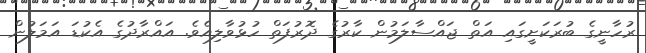
ރުހާނީގެ ބުރަކަށީގައި އަތް ޖައްސާލަމުން ކާރުގެ ދޮރުފަތް ހުޅުވާލިއެވެ. އައްރާދުގެ އެކުޑަ އަމަލުން